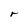
Character: r